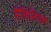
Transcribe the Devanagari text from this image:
मैंग्निशियम